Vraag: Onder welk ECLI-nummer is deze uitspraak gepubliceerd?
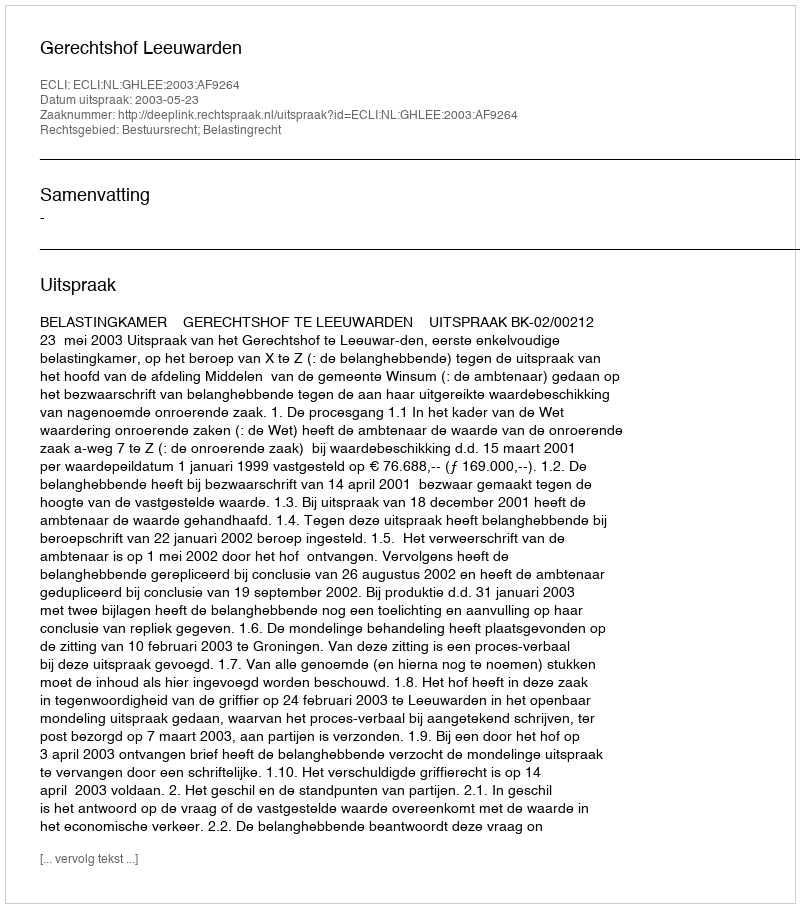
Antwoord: ECLI:NL:GHLEE:2003:AF9264